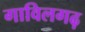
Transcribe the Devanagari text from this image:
गाविलगढ़